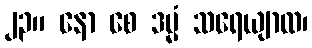
၂၃။ နော စေ ဒမ္မံ သရေယျာထ၊